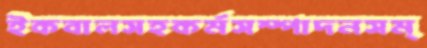
ইকবালসহকর্মসম্পাদনসম্